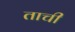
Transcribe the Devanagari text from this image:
ताची